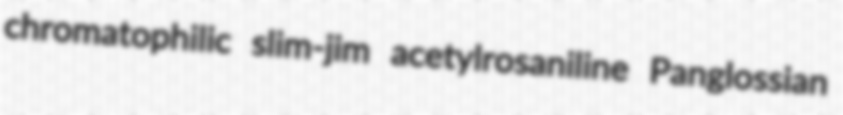
chromatophilic slim-jim acetylrosaniline Panglossian